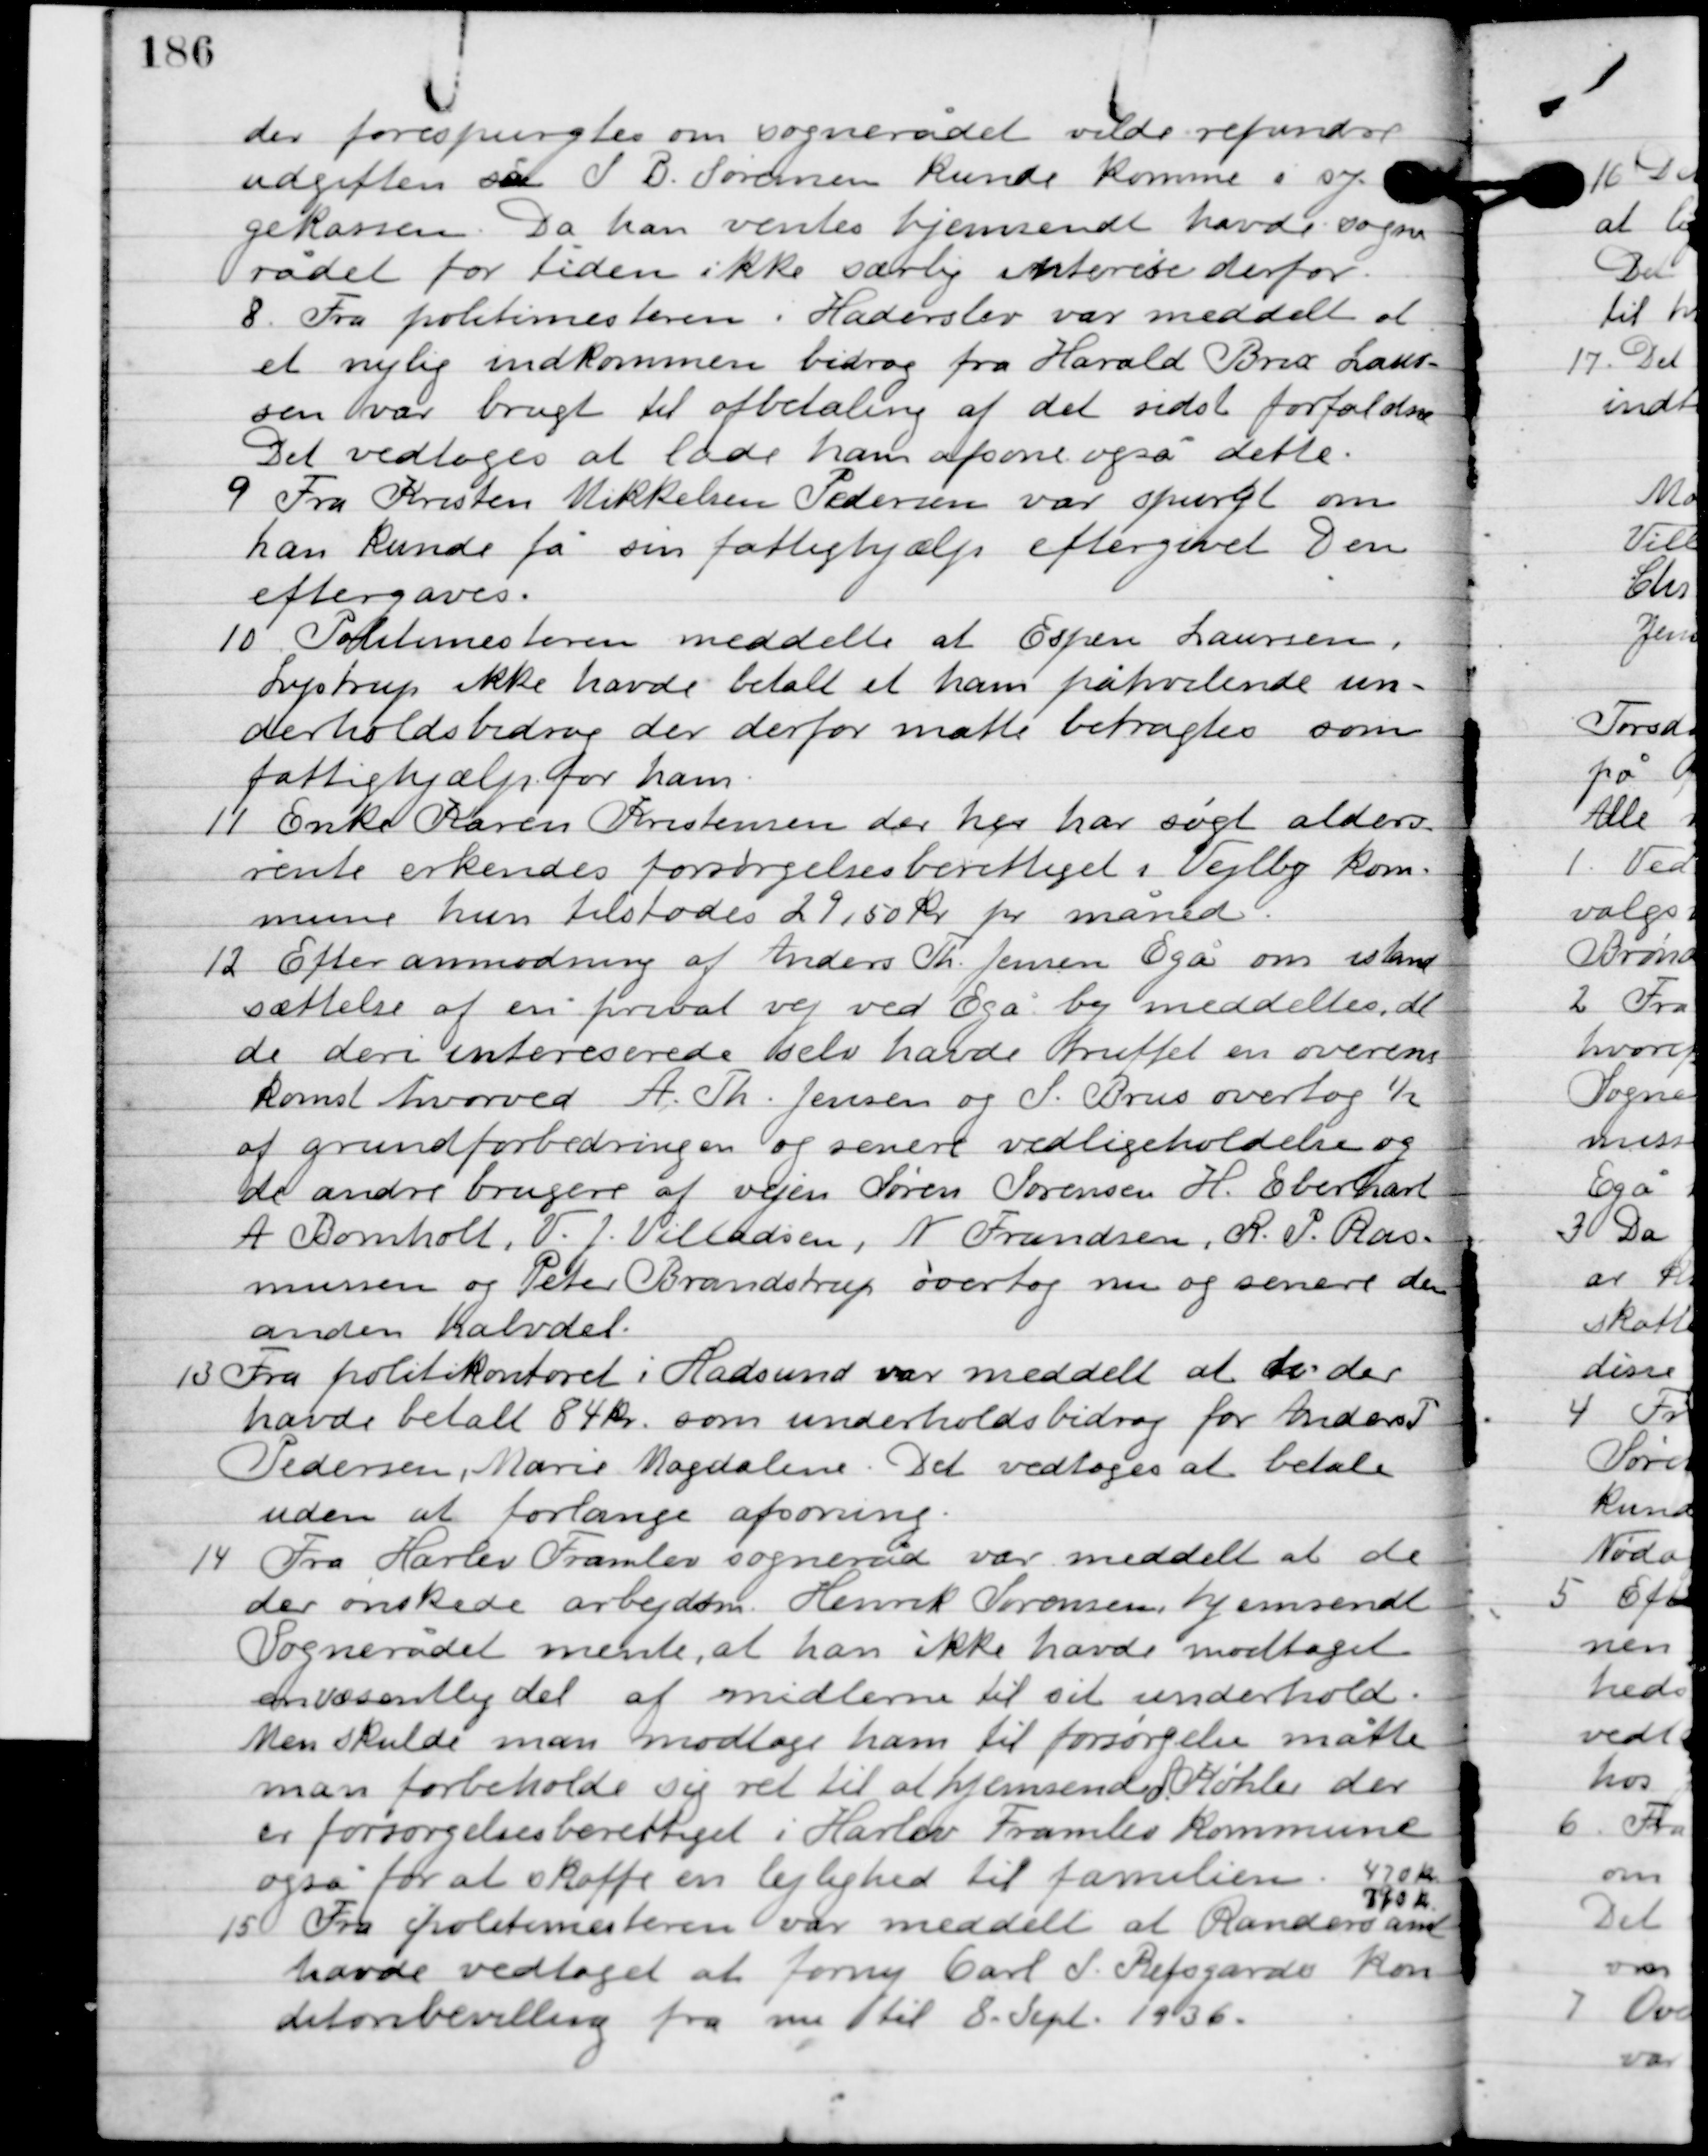
Transskription:
der forespurgtes om sognerådet vilde refundere
udgiften så S. P. Sørensen kunde komme i sy-
gekassen. Da han ventes hjemsendt havde sogne-
rådet for tiden ikke særlig interesse derfor.

8

Fra politimesteren i Haderslev var meddelt at
et nylig indkommen bidrag fra Harald Brix Laur-
sen var brugt til afbetaling af det sidste forfaldne.
Det vedtoges at lade ham afsone også dette.

9

Fra Kristen Mikkelsen Pedersen var spurgt om
han kunde få sin fattighjælp eftergivet. Den
 eftergaves.

10

Politimesteren meddelte at Espen Laursen,
Lystrup ikke havde betalt et ham påhvilende un-
derholdsbidrag der derfor måtte betragtes som
fattighjælp for ham.

11

Enke Karen Kristensen der her har søgt alders-
rente erkendtes forsørgelsesberettiget i Vejlby kom-
mune hun tilstodes 29,50 kr. pr. måned.

12

Efter anmodning af Anders Th. Jensen Egå om istand-
sættelse af en privat vej ved Egå by meddeltes det-
te deri interesserede selv havde truffet en overens-
komst hvorved A. Th. Jensen og S. Brus overtog ½
af grundforbedringen og senere vedligeholdelse og
de andre brugere af vejen Søren Sørensen, H. Eberhart,
A. Bomholt, V.J. Villadsen, N. Frandsen, R.P. Ras-
mussen og Peter Brandstrup overtog nu og senere den
anden halvdel.

13

Fra politikontoret i Hadsund var meddelt at de der
havde betalt 84 kr. som underholdsbidrag for Anders
Pedersen, Marie Madalena. Det vedtoges at betale
uden at forlange afsoning.

14

Fra Harlev Framlev sogneråd var meddelt at de
der ønskede arbejdsm. Henrik Sørensen hjemsendt.
Sognerådet mente, at han ikke havde modtaget
 en væsentlig del af midlerne til sit underhold.
 Men skulde man modtage ham til forsørgelse måtte
man forbeholde sig ret til at hjemsende A. Køhler der
er forsørgelsesberettiget i Harlev Framlev kommune
også for at skaffe en lejlighed til familien. 420 kr.
790 kr.

15

Fra politimesteren var meddelt at Randers amt
havde vedtaget at forny Carl P. Refsgårds kon-
ditorbevilling fra nu til 8 Sept. 1936.